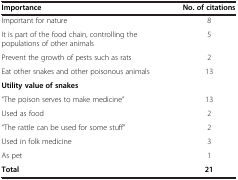
| Importance | No. of citations |
 | --- | --- |
 | Important for nature | 8 |
 | It is part of the food chain, controlling the populations of other animals | 5 |
 | Prevent the growth of pests such as rats | 2 |
 | Eat other snakes and other poisonous animals | 13 |
 | Utility value of snakes |  |
 | “The poison serves to make medicine” | 13 |
 | Used as food | 2 |
 | “The rattle can be used for some stuff” | 2 |
 | Used in folk medicine | 3 |
 | As pet | 1 |
 | Total | 21 |